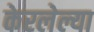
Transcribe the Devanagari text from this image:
केरलेल्या